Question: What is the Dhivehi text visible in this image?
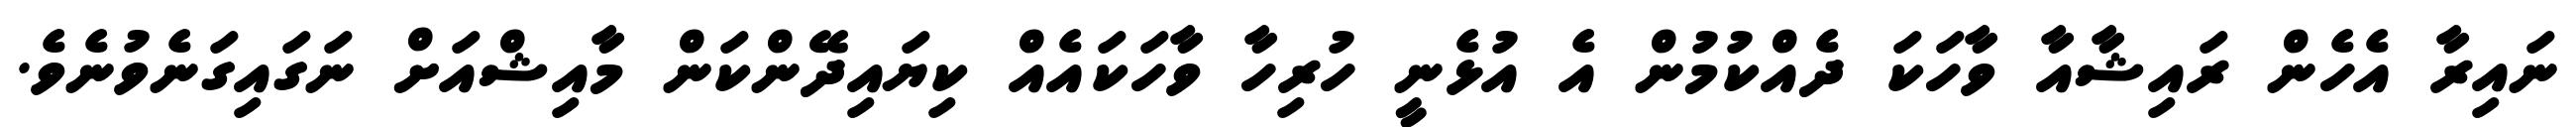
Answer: ނައިރާ އެހެން ރައިޝާއާ ވާހަކަ ދެއްކުމުން އެ އުޅެނީ ހުރިހާ ވާހަކައެއް ކިޔައިދޭންކަން މާއިޝްއަށް ނަގައިގަނެވުނެވެ.